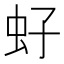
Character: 虸